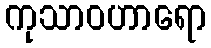
ကုသာဝဟာရော